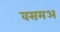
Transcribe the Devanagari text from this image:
वसमअ